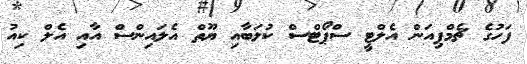
ފަހުގެ ޗެމްޕިއަން އެލްޓީ ސްޕޯޓްސް ކުލަބާއި ޔޫތް އެލައިންސް އާއި އެލް ކިއު